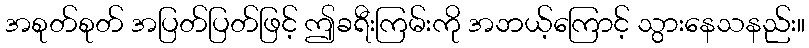
အစုတ်စုတ် အပြတ်ပြတ်ဖြင့် ဤခရီးကြမ်းကို အဘယ့်ကြောင့် သွားနေသနည်း။